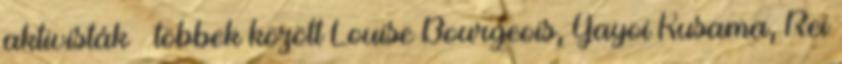
aktivisták – többek között Louise Bourgeois, Yayoi Kusama, Rei